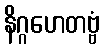
နိဂ္ဂဟေတဗ္ဗံ